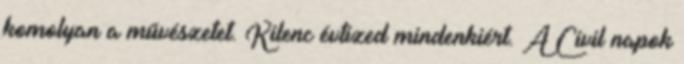
komolyan a művészetet. Kilenc évtized mindenkiért. A Civil napok